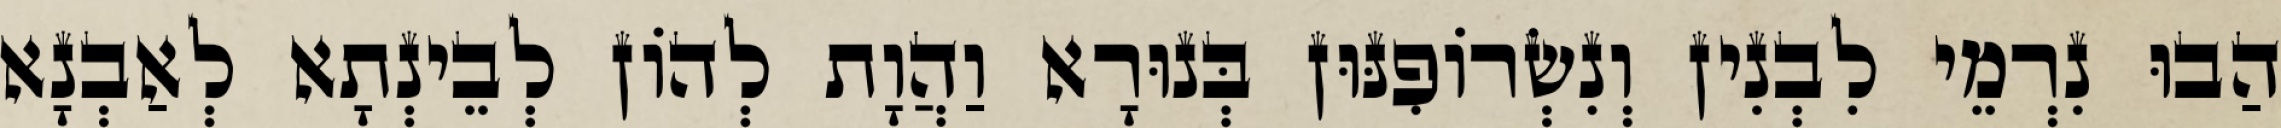
הַבוּ נִרְמֵי לִבְנִין וְנִשְׂרוֹפִנּוּן בְּנוּרָא וַהֲוָת לְהוֹן לְבֵינְתָא לְאַבְנָא